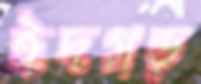
ঈদগড়